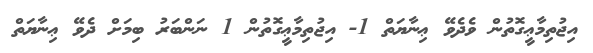
އިޖުތިމާޢީގޮތުން ވެދެވޭ ޢިނާޔަތް 1- އިޖުތިމާޢީގޮތުން 1 ނަންބަރު ބިމަށް ދެވޭ ޢިނާޔަތް